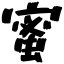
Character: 蜜